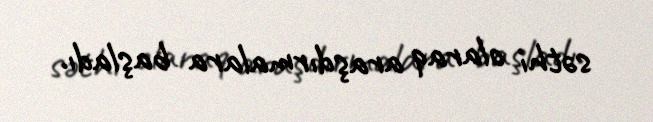
səthi olaraq araşdırmalara başladı.